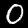
Label: 0